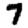
Digit: 7